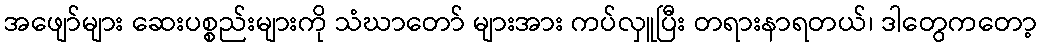
အဖျော်များ ဆေးပစ္စည်းများကို သံဃာတော် များအား ကပ်လှူပြီး တရားနာရတယ်၊ ဒါတွေကတော့